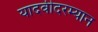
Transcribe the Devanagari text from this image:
यादवीदरम्यान